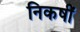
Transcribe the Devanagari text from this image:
निकषीं